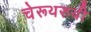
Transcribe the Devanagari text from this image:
चेरूथरुथी